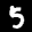
Label: 5